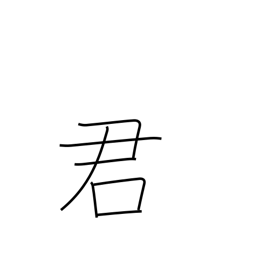
Meaning: male name suffix